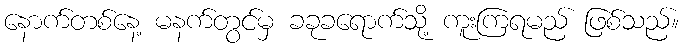
နောက်တစ်နေ့ မနက်တွင်မှ ခခုခရောက်သို့ ကူးကြရမည် ဖြစ်သည်။